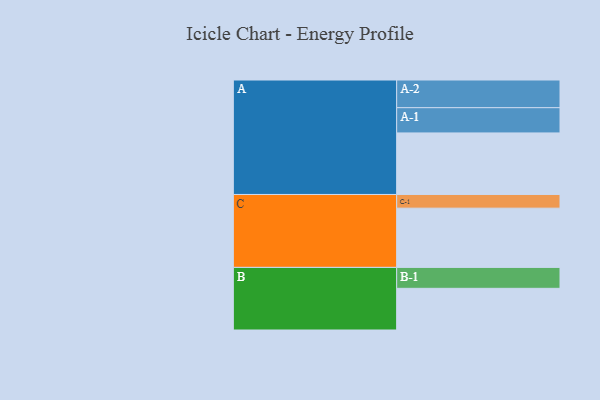
{"axis": {"x": "Segment", "y": "Value"}, "legend": ["", "A", "B", "C"], "data": [{"x": "A", "y": 585, "type": ""}, {"x": "B", "y": 396, "type": ""}, {"x": "C", "y": 563, "type": ""}, {"x": "A-1", "y": 240, "type": "A"}, {"x": "A-2", "y": 263, "type": "A"}, {"x": "B-1", "y": 199, "type": "B"}, {"x": "C-1", "y": 130, "type": "C"}]}